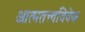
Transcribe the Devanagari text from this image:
आत्मतत्त्वविवेक